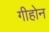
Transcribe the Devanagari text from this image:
गीहोन